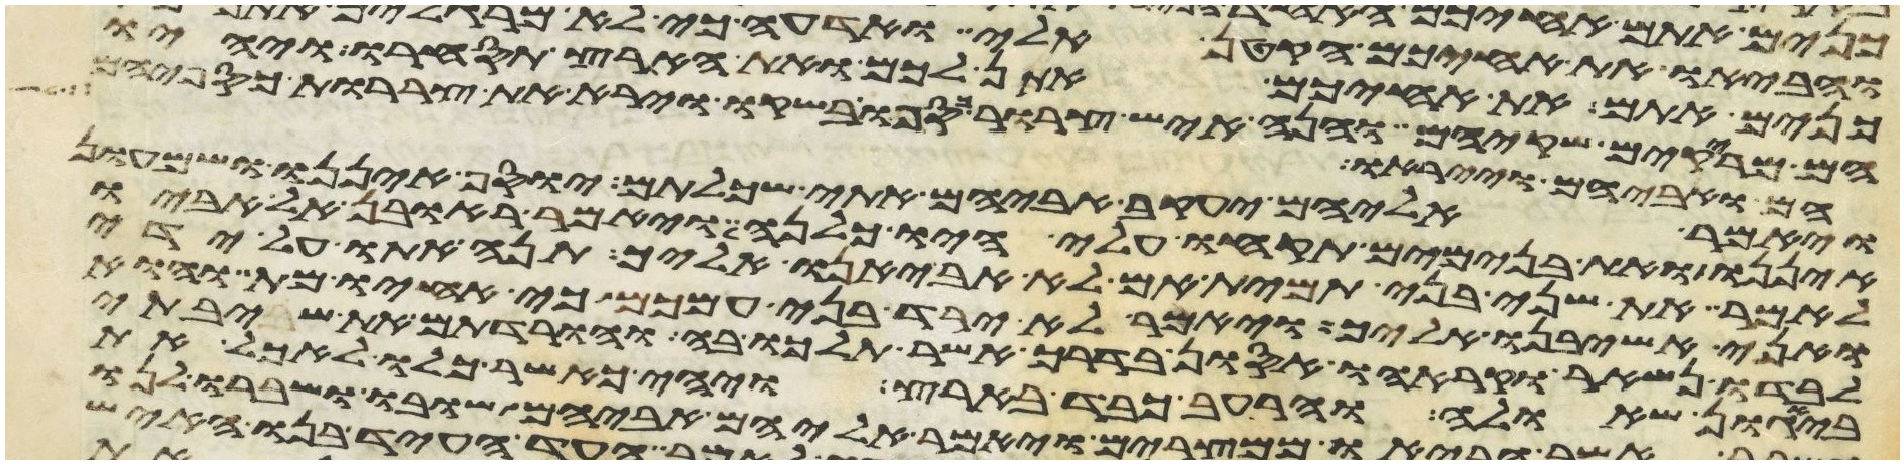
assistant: כנים אתם את אחיכם אתן לכם ואת הארץ תסחרו ויהיו
הם מריקים שקיהם והנה איש צרור כספו בשקו ויראו את צררות כספיהם
הם ואביהם וייראו
ויאמר אליהם יעקב אביהם אתי שכלתם יוסף איננו ושמעון
איננו ואת בנימים תקחו עלי היו כלנה ויאמר ראובן אל אביו
לאמר את שני בני תמית אם לא אביאנו אליך תנה אתו על ידי
ואני אשיבנו אליך ויאמר לא ירד בני עמכם כי אחיו מת והוא
לבדו נשאר וקראהו אסון בדרך אשר תלכו בה והורדתם את שיבתי
ביגון שאלה והרעב כבד בארץ ויהי כאשר כלו לאכל את